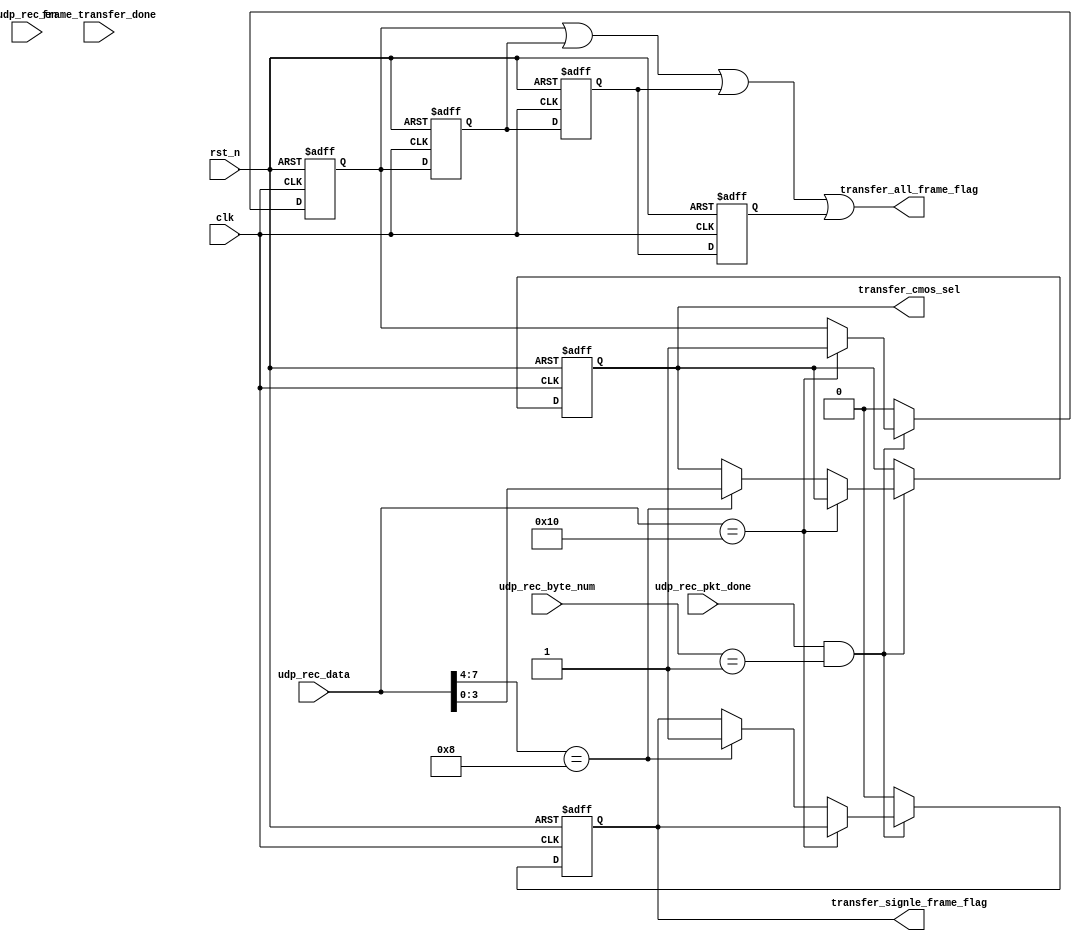
module start_transfer_ctrl(
    input                 clk                        ,   //
    input                 rst_n                      ,   //
    input                 udp_rec_pkt_done           ,   //UDP
    input                 udp_rec_en                 ,   //UDP 
    input        [7:0]    udp_rec_data               ,   //UDP
    input        [15:0]   udp_rec_byte_num           ,   //UDP
    output  wire          transfer_all_frame_flag    ,    //,1: 0:
    output  reg           transfer_signle_frame_flag ,    //,1: 0:
    output  reg [3:0]     transfer_cmos_sel          , 
    input   wire          frame_transfer_done
    );    
    
//parameter define
localparam  start_all_frame   = 8'h10;  //
//parameter  channal = 8'h81;  //1
//parameter  channa2 = 8'h82;  //2
//parameter  channa3 = 8'h83;  //3
//parameter  channa4 = 8'h84;  //4
//parameter  channa5 = 8'h85;  //5
//parameter  channa6 = 8'h86;  //6
//parameter  channa7 = 8'h87;  //7
//parameter  channa8 = 8'h88;  //7
//*****************************************************
//**                    main code
//*****************************************************
reg transfer_all_frame_flag_d0 ;
reg transfer_all_frame_flag_d1 ;
reg transfer_all_frame_flag_d2 ;
reg transfer_all_frame_flag_d3 ;
//
always @(posedge clk or negedge rst_n) begin
    if(!rst_n) begin 
        transfer_all_frame_flag_d0     <= 1'b0 ;
        transfer_cmos_sel           <= 4'd1 ;
        transfer_signle_frame_flag  <= 1'b0 ;
    end 
    else if(udp_rec_pkt_done && udp_rec_byte_num == 16'd1) begin
        if(udp_rec_data == start_all_frame) begin                           // 
            transfer_all_frame_flag_d0 <= 1'b1; 
        end 
        else if(udp_rec_data[7:4] == 4'h8)   begin                //
            transfer_signle_frame_flag <= 1'b1;
            transfer_cmos_sel          <= udp_rec_data[3:0];      //1
        end 
    end
    else begin 
        transfer_signle_frame_flag <= 1'b0 ;
        transfer_all_frame_flag_d0 <= 1'b0 ;
    end 
end 

always @(posedge clk or negedge rst_n) begin
    if(!rst_n) begin 
        transfer_all_frame_flag_d1  <= 1'b0 ;
        transfer_all_frame_flag_d2  <= 1'b0 ;
        transfer_all_frame_flag_d3  <= 1'b0 ;
    end 
    else begin 
        transfer_all_frame_flag_d1  <= transfer_all_frame_flag_d0 ;
        transfer_all_frame_flag_d2  <= transfer_all_frame_flag_d1 ;
        transfer_all_frame_flag_d3  <= transfer_all_frame_flag_d2 ;
    end 
end 

assign transfer_all_frame_flag =    transfer_all_frame_flag_d0 | transfer_all_frame_flag_d1 | 
                                    transfer_all_frame_flag_d2 | transfer_all_frame_flag_d3 ;


endmodule